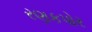
રણકપોર